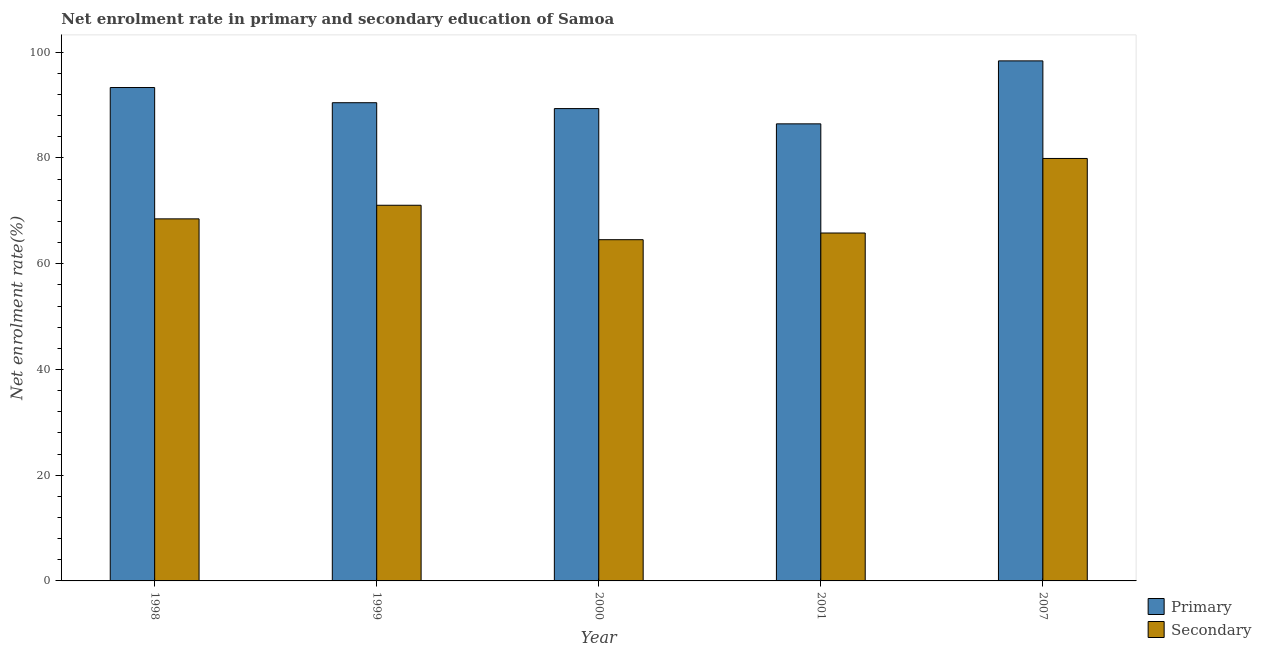
| Year | Primary | Secondary |
 | --- | --- | --- |
 | 1998 | 93.3 | 68.5 |
 | 1999 | 90.5 | 71.1 |
 | 2000 | 89.3 | 64.5 |
 | 2001 | 86.5 | 65.8 |
 | 2007 | 98.4 | 79.9 |